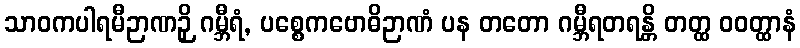
သာဝကပါရမီဉာဏဉှိ ဂမ္ဘီရံ, ပစ္စေကဗောဓိဉာဏံ ပန တတော ဂမ္ဘီရတရန္တိ တတ္ထ ဝဝတ္ထာနံ